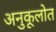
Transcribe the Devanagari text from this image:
अनुकूलोत